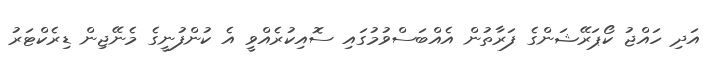
އަދި ހައްޖު ކޯޕަރޭޝަންގެ ފަރާތުން އެއްބަސްވުމުގައި ސޮއިކުރެއްވީ އެ ކުންފުނީގެ މެނޭޖިން ޑިރެކްޓަރު